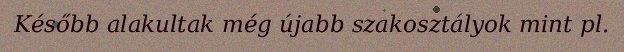
Később alakultak még újabb szakosztályok mint pl.